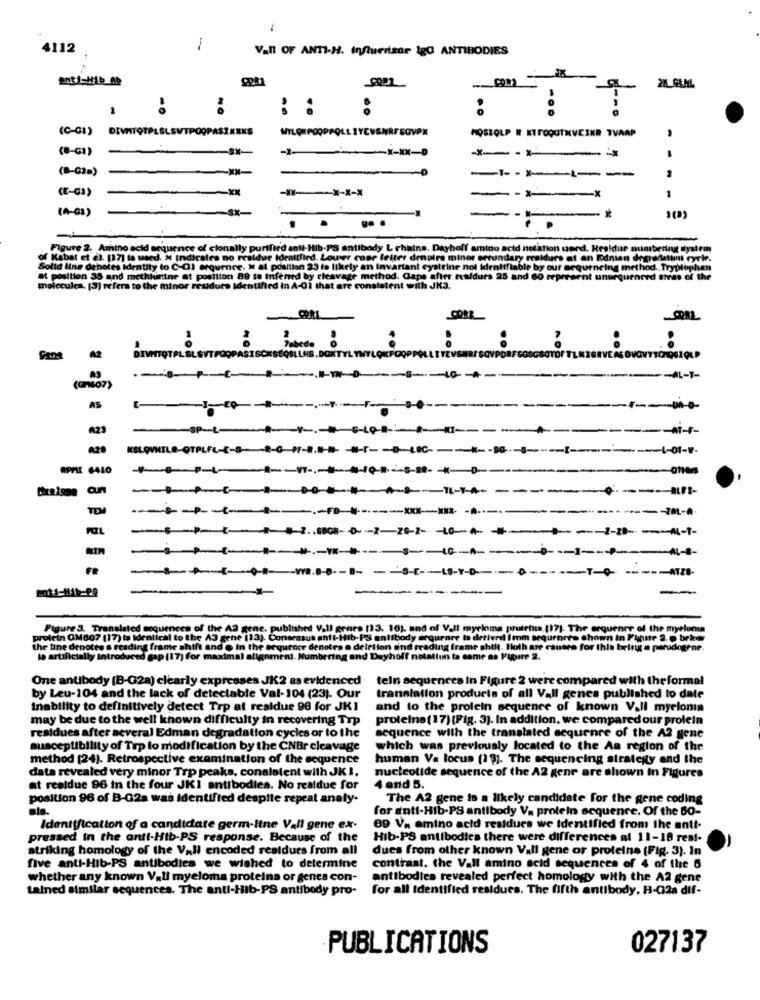
-
4112
1
Vall OF ANTI-H. Influerisar Igo ANTIBODIES
21_GLML
::
(C-GI)
DIVATOTPLSLSVTPOOPASIKKKG
WYLONPOOPPOLL IYEVENRFSGVPX
MOSTOLP R KTTOQUTNVESKR TVAAP
(8-61)
----
-
(8-02-)
-- - --- --
(E-GI)
-
-X
(A-G1)
-sx-
- *
.. .
.
Figure 2. Amino acid sequence of cionally purified anti-Hib-PS antibody L chains. Dayhoff amino acid notation used. Kraldur numbering system
of Kabat et al. [17] ta used. » Indicates no residue Idrattlied. Louwer cose letter denoirs minor setundary rraldurs at an Ednian degrafstimmt cycle.
Solid line deboles Identity to C-O) erquence. x af pdallian 23 is likely an Invariant cysteine nol Identifiable by our sequencing method. Tryptophan
at position 35 and methkunine at position 89 to Infened by cleavage method. Gape after traldurs 25 and 60 erpresent unsequenced areas of the
moleculea. [3] refers to the minor reudurs Identified in A-01 that are consistent with JK3.
CARL
..
:
no
:
A2
BTWTOTPLSL.SVT PORPASISCHSEQSLUMS. BOKTYL TYL QKPC
---
--- AL-1-
(anso7)
AS
------------
A23
----------- +-
KELOVNTLA-OTPLFL-E-8 -- 8-0-91-9 .----------------------
--
TDI
POIL
8 -- - 10-A ------------
------------ +
-LA-4-0-01.5-0 -- 8- -- 5-5 -- 18 ------------------
-------
Figure 3. Translated sequences of the AS gene, published Vall genes (13. 10), and of V.Il myeloma prutema. [17). The arquenre of the myeloma
protein OM607 (17) is Identical to the A3 gen
Conscasus anti-Hib-PS antibody segurare Io derived Imm sequrbres shown in Pinne 9.@ bek
the line denotes a reading frame shift and @ fr
the sequence denotes e deletion sind reading frame shill. Hoth are causes for this being a parudo
to artificially introduced gap (17) for maxima
ni. Numbering and Dayhoff notatun to came as Pyoire 2.
One antibody (B-G2a) clearly expresses JK2 as evidenced
teln sequences in Figure 2 were compared with theformal
by Leu-104 and the lack of detectable Val-104 (23). Our
translation products of all Vall genes published to date
Inability to definitively detect Trp at realdue 96 for JKI
and to the protein sequence of known V.Il myeloma
may be due to the well known difficulty in recovering Trp
proteine (17) (Fig. 3). In addition. we compared our prolein
residues after several Edman degradation cycles or to the
sequence with the translated sequence of the A2 gene
susceptibility of Trp to modification by the CNBr cleavage
which was previously located to the Aa region of the
method (24). Retrospective examination of the sequence
human Va locus (13). The sequencing strategy and the
data revealed very minor Trp peaks, conalotent with JKI.
nucleotide sequence of the A2 gene are shown in Figures
at realdue 96 in the four JKI antibodies. No realdue for
4 and 5.
position 96 of B-G2a was Identified despite repeat analy.
The A2 gene to a likely candidate for the gene coding
als.
for anti-Hib-PS antibody Va protein sequence. Of the 60-
Identification of a candidate germ-line Vall gene ex-
89 Va amino acid residues we identified from the anti-
pressed in the anti-Hib-PS response. Because of the
Hib-PS antibodies there were differences al 11-18 rest.
striking homology of the Vall encoded residues from all
dues from other known Vall gene or proteina (Fig. 3). In
five anti-Hib-PS antibodies we wished to determine
contrast, the Vall amino acid sequences of 4 of the 6
whether any known Vall myeloma proteins or genes con-
antibodies revealed perfect homology with the A2 gene
tained similar sequences. The anti-Hib-PS antibody pro-
for all identified residues. The fifth antibody. B-G2a dif-
PUBLICATIONS
027137